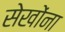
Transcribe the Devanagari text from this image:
सेखोंना